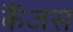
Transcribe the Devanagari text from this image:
कैंजस